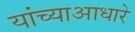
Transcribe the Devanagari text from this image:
यांच्याआधारे